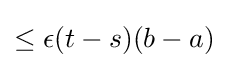
\leq \epsilon (t-s)(b-a)